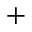
+